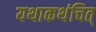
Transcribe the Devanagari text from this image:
यथाकथंचित्‌